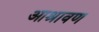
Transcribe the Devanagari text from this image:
आश्रावण